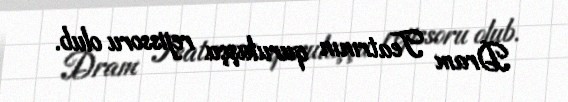
Dram Teatrının quruluşçu rejissoru olub.